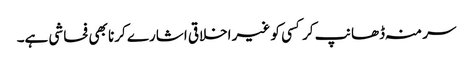
سر منہ ڈھانپ کر کسی کو غیر اخلاقی اشارے کرنا بھی فحاشی ہے۔